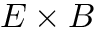
E \times B